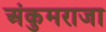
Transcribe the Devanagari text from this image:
अंकुमराजा